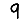
Digit: 9